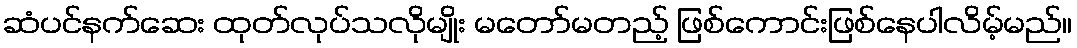
ဆံပင်နက်ဆေး ထုတ်လုပ်သလိုမျိုး မတော်မတည့် ဖြစ်ကောင်းဖြစ်နေပါလိမ့်မည်။